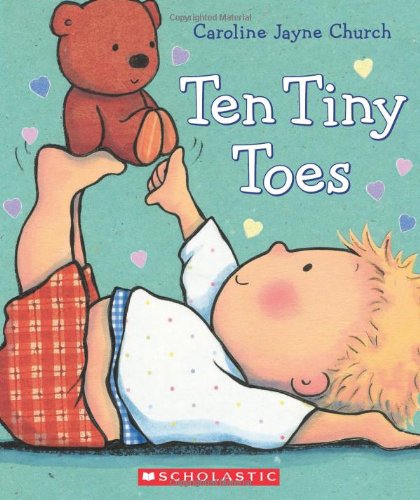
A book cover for Ten Tiny Toes; Caroline Jayne Church; Children's Books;